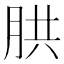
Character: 㬴